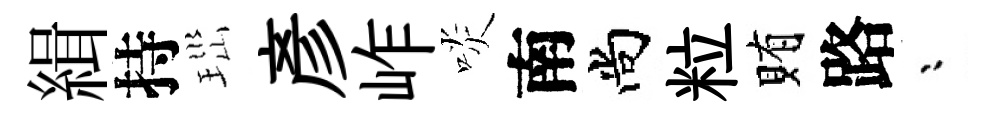
緝持𤤼彥岞啖南尚粒賄路漸